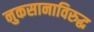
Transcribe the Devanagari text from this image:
नुकसानाविरुद्ध